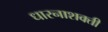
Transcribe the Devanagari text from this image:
धारनाशक्ती